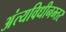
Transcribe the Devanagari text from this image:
अंत्यविधीनम्तर